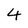
Character: 4